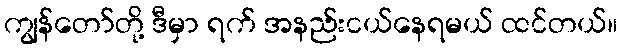
ကျွန်တော်တို့ ဒီမှာ ရက် အနည်းငယ်နေရမယ် ထင်တယ်။